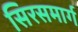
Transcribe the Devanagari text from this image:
सिरसमार्ग